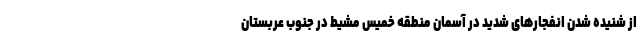
از شنیده شدن انفجارهای شدید در آسمان منطقه خمیس مشیط در جنوب عربستان